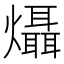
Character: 㸎